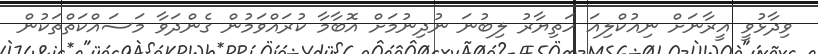
ވިދާޅުވީ އީރާނަށް ނިއުކްލިއަ ހަތިޔާރު ލިބުނަ ނުދިނުމަށް އޮބާމާ ކުރައްވަމުން ގެންދަވާ މަސައްކަތްތަކުން